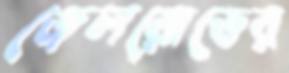
জেলরোডের